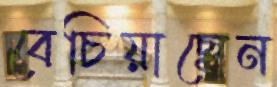
বেচিয়াছেন